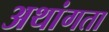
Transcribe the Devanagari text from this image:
अथांगता